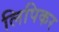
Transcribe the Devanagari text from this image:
लिपिकर